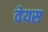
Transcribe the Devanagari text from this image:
वेयस